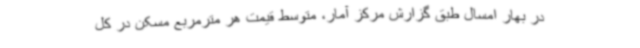
در بهار امسال طبق گزارش مرکز آمار، متوسط قیمت هر مترمربع مسکن در کل